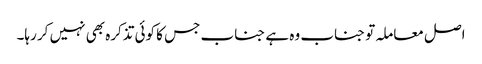
اصل معاملہ تو جناب وہ ہے جناب جس کا کوئی تذکرہ بھی نہیں کر رہا۔